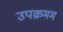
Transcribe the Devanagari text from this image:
उपक्रमम